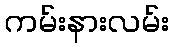
ကမ်းနားလမ်း